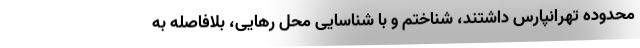
محدوده تهرانپارس داشتند، شناختم و با شناسایی محل رهایی، بلافاصله به